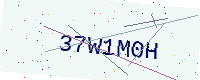
Text: 37W1M0H